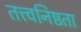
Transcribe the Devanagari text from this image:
तत्त्वनिष्ठता